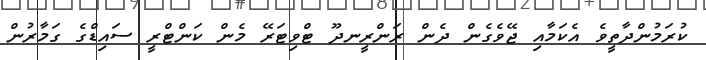
ކުރަމުންދާތީވެ އެކަމާއި ޖޭވެގެން ދެން ރަންރީނދޫ ޓްވިޓަރޭ މެން ކަންޓްރީ ސައިޑްގެ ގަމާރުން